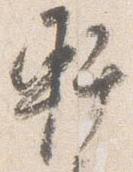
軒